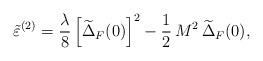
LaTeX: \begin{align*}\tilde\varepsilon^{(2)}=\frac{\lambda}{8}\left[\widetilde{\Delta}_{F}(0)\right]^2-\frac{1}{2}\,M^2\,\widetilde{\Delta}_{F}(0),\end{align*}